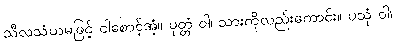
သီလသံယမဖြင့် ငါစောင့်အံ့။ ပုတ္တံ ဝါ၊ သားကိုလည်းကောင်း။ ပသုံ ဝါ၊